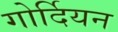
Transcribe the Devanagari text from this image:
गोर्दियन